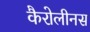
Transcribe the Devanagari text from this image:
कैरोलीनस